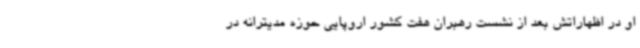
او در اظهاراتش بعد از نشست رهبران هفت کشور اروپایی حوزه مدیترانه در